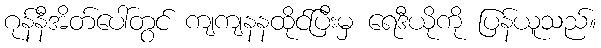
ဂုန်နီအိတ်ပေါ်တွင် ကျကျနနထိုင်ပြီးမှ ရေဒီယိုကို ပြန်ယူသည်။